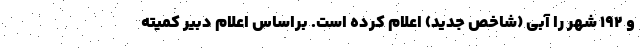
و ۱۹۲ شهر را آبی (شاخص جدید) اعلام کرده است. براساس اعلام دبیر کمیته